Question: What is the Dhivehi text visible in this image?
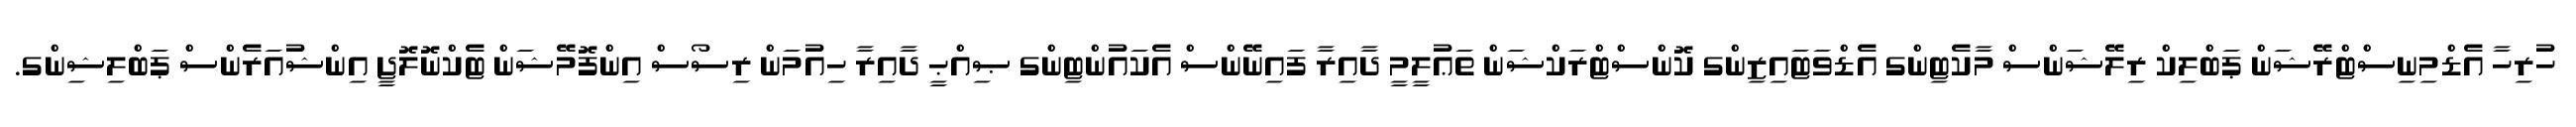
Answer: ހުރިހާ އެޑްމިނިސްޓްރޭޝަން ޕަބްލިކް ރިލޭޝަންސް މާކެޓިންގ އެޑްވަޓައިޒިންގ ކޮންސްޓްރަކްޝަން ތަޢުލީމީ ދާއިރާ ފައިނޭންސް އެކައުންޓިންގ ޞިއްޙީ ދާއިރާ ހިއުމަން ރިސޯސް އިންފޮމޭޝަން ޓެކްނޮލޮޖީ އިންޝުއަރެންސް ޕަބްލިޝިންގ.